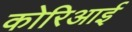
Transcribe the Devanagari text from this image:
कोरिआई